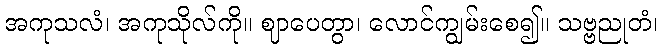
အကုသလံ၊ အကုသိုလ်ကို။ ဈာပေတွာ၊ လောင်ကျွမ်းစေ၍။ သဗ္ဗညုတံ၊